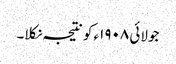
جولائی ١٩٠٨ء کو نتیجہ نکلا۔